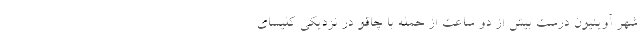
شهر آوینیون درست بیش از دو ساعت از حمله با چاقو در نزدیکی کلیسای